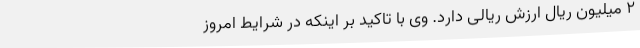
2 میلیون ریال ارزش ریالی دارد. وی با تاکید بر اینکه در شرایط امروز